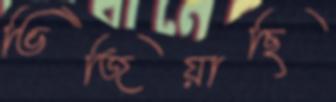
ভিজিয়াছি